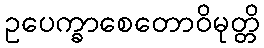
ဥပေက္ခာစေတောဝိမုတ္တိ